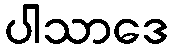
ပါသာဒေ